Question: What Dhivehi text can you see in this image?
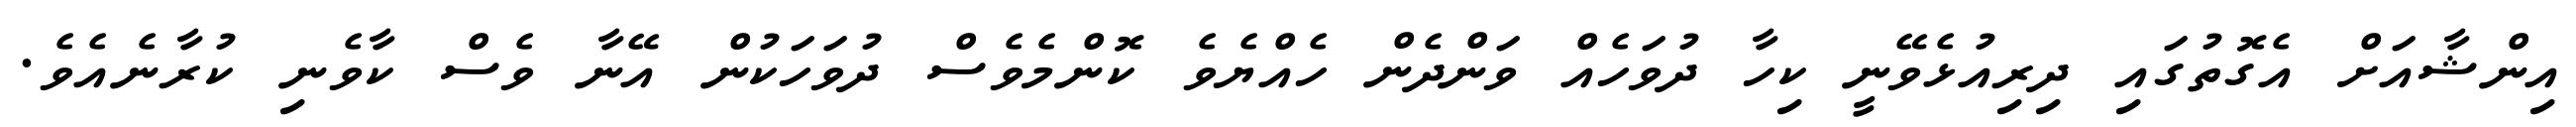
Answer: އިންޝާއަށް އެގޮތުގައި ދިރިއުޅެވޭނީ ކިހާ ދުވަހެއް ވަންދެން ހެއްޔެވެ ކޮންމެވެސް ދުވަހަކުން އޭނާ ވެސް ކާވެނި ކުރާނެއެވެ.